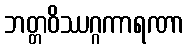
ဘတ္တဝိဿဂ္ဂကာရဏာ